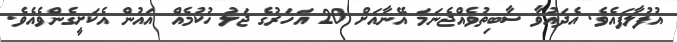
އުފުލާފައެވެ. އެދައުވާ ސާބިތުވެއްޖެނަމަ އޭނާއަށް 20 އަހަރުގެ ޖަލު ހުކުމެއް އައުން އެކަށީގެންވެއެވެ.